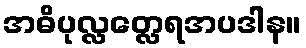
အဓိပုလ္လတ္လေရအပဒါန။